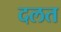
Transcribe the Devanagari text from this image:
दलत